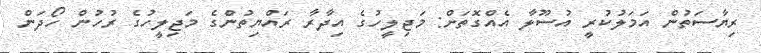
ރިޔާސަތުން އަމަލުކުރީ އުސޫލާ އެއްގޮތަށް: މަޖިލީހުގެ އިދާރާ ރައްޔިތުންގެ މަޖިލީހުގެ ރުހުން ހޯދަން